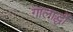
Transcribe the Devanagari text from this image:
गालार्द्धों